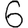
Digit: 6